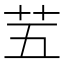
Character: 𫇩